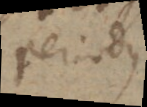
periodus